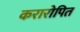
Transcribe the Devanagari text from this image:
करारोपित